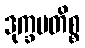
ဒုက္ခမတိစ္စ